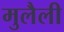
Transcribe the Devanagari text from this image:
मुलैली